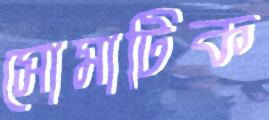
সোমাটিক